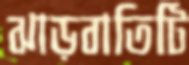
ঝাড়বাতিটি